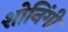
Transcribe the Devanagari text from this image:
शोनिंगी